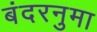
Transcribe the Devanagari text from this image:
बंदरनुमा